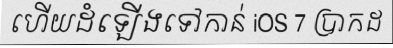
ហើយដំឡើងទៅកាន់ iOS 7 ប្រាកដ